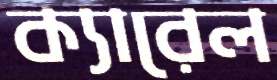
ক্যারেল